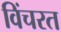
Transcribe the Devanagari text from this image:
विंचरत